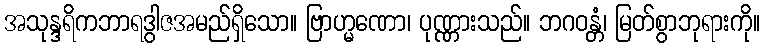
အသုန္ဒရိကဘာရဒွါဇအမည်ရှိသော။ ဗြာဟ္မဏော၊ ပုဏ္ဏားသည်။ ဘဂဝန္တံ၊ မြတ်စွာဘုရားကို။